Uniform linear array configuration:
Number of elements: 48
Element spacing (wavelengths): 0.75
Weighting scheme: exponential
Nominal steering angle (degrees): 0
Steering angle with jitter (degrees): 1.898
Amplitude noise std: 0.05
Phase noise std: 0.05

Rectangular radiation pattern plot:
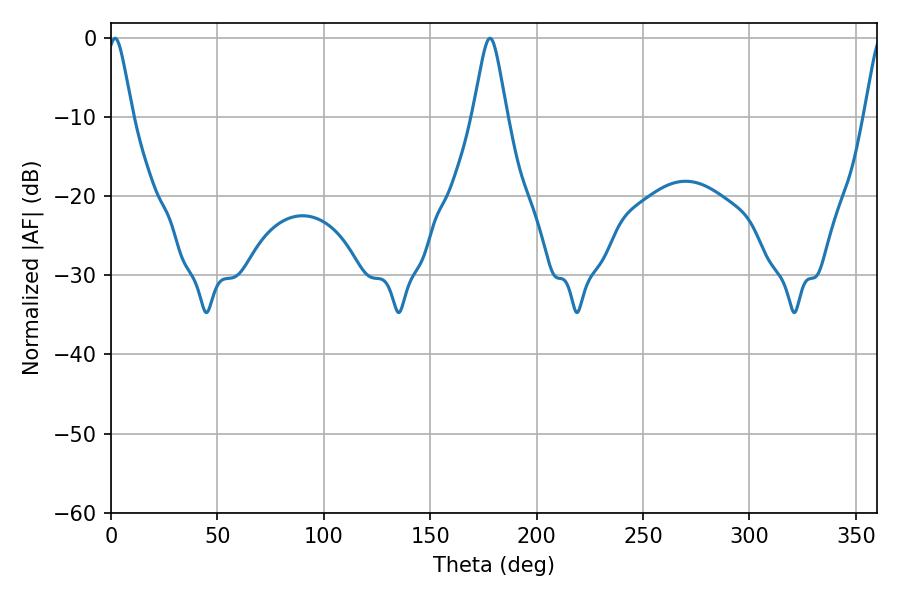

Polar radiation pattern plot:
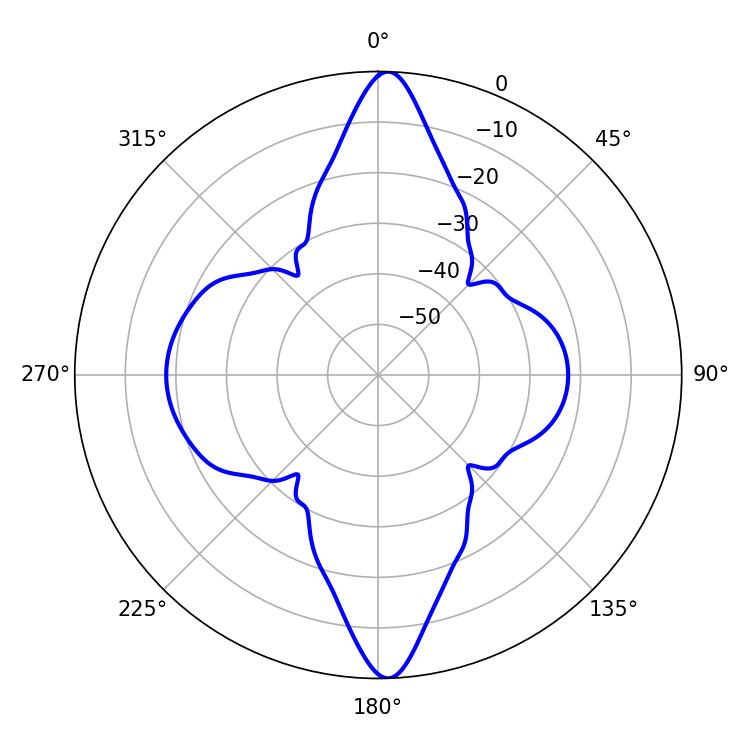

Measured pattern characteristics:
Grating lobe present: TRUE
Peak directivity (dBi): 26.687
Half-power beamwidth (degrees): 5.76
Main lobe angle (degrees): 1.98